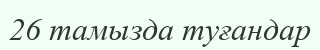
26 тамызда туғандар